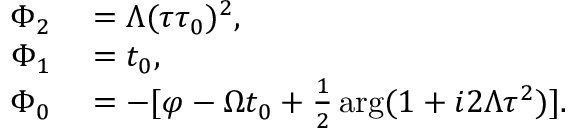
\begin{array} { r l } { \Phi _ { 2 } } & { { } = \Lambda ( \tau \tau _ { 0 } ) ^ { 2 } , } \\ { \Phi _ { 1 } } & { { } = t _ { 0 } , } \\ { \Phi _ { 0 } } & { { } = - [ \varphi - \Omega t _ { 0 } + \frac { 1 } { 2 } \arg ( 1 + i 2 \Lambda \tau ^ { 2 } ) ] . } \end{array}